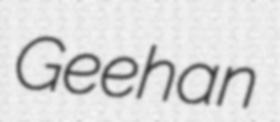
Geehan